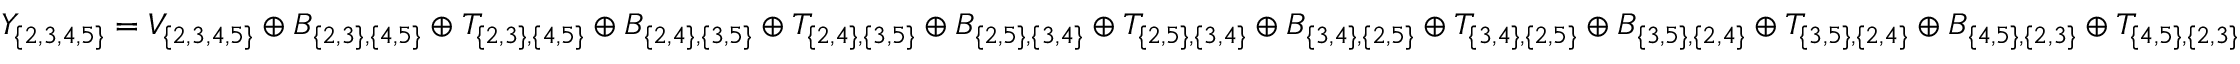
Y _ { \{ 2 , 3 , 4 , 5 \} } = V _ { \{ 2 , 3 , 4 , 5 \} } \oplus B _ { \{ 2 , 3 \} , \{ 4 , 5 \} } \oplus T _ { \{ 2 , 3 \} , \{ 4 , 5 \} } \oplus B _ { \{ 2 , 4 \} , \{ 3 , 5 \} } \oplus T _ { \{ 2 , 4 \} , \{ 3 , 5 \} } \oplus B _ { \{ 2 , 5 \} , \{ 3 , 4 \} } \oplus T _ { \{ 2 , 5 \} , \{ 3 , 4 \} } \oplus B _ { \{ 3 , 4 \} , \{ 2 , 5 \} } \oplus T _ { \{ 3 , 4 \} , \{ 2 , 5 \} } \oplus B _ { \{ 3 , 5 \} , \{ 2 , 4 \} } \oplus T _ { \{ 3 , 5 \} , \{ 2 , 4 \} } \oplus B _ { \{ 4 , 5 \} , \{ 2 , 3 \} } \oplus T _ { \{ 4 , 5 \} , \{ 2 , 3 \} }